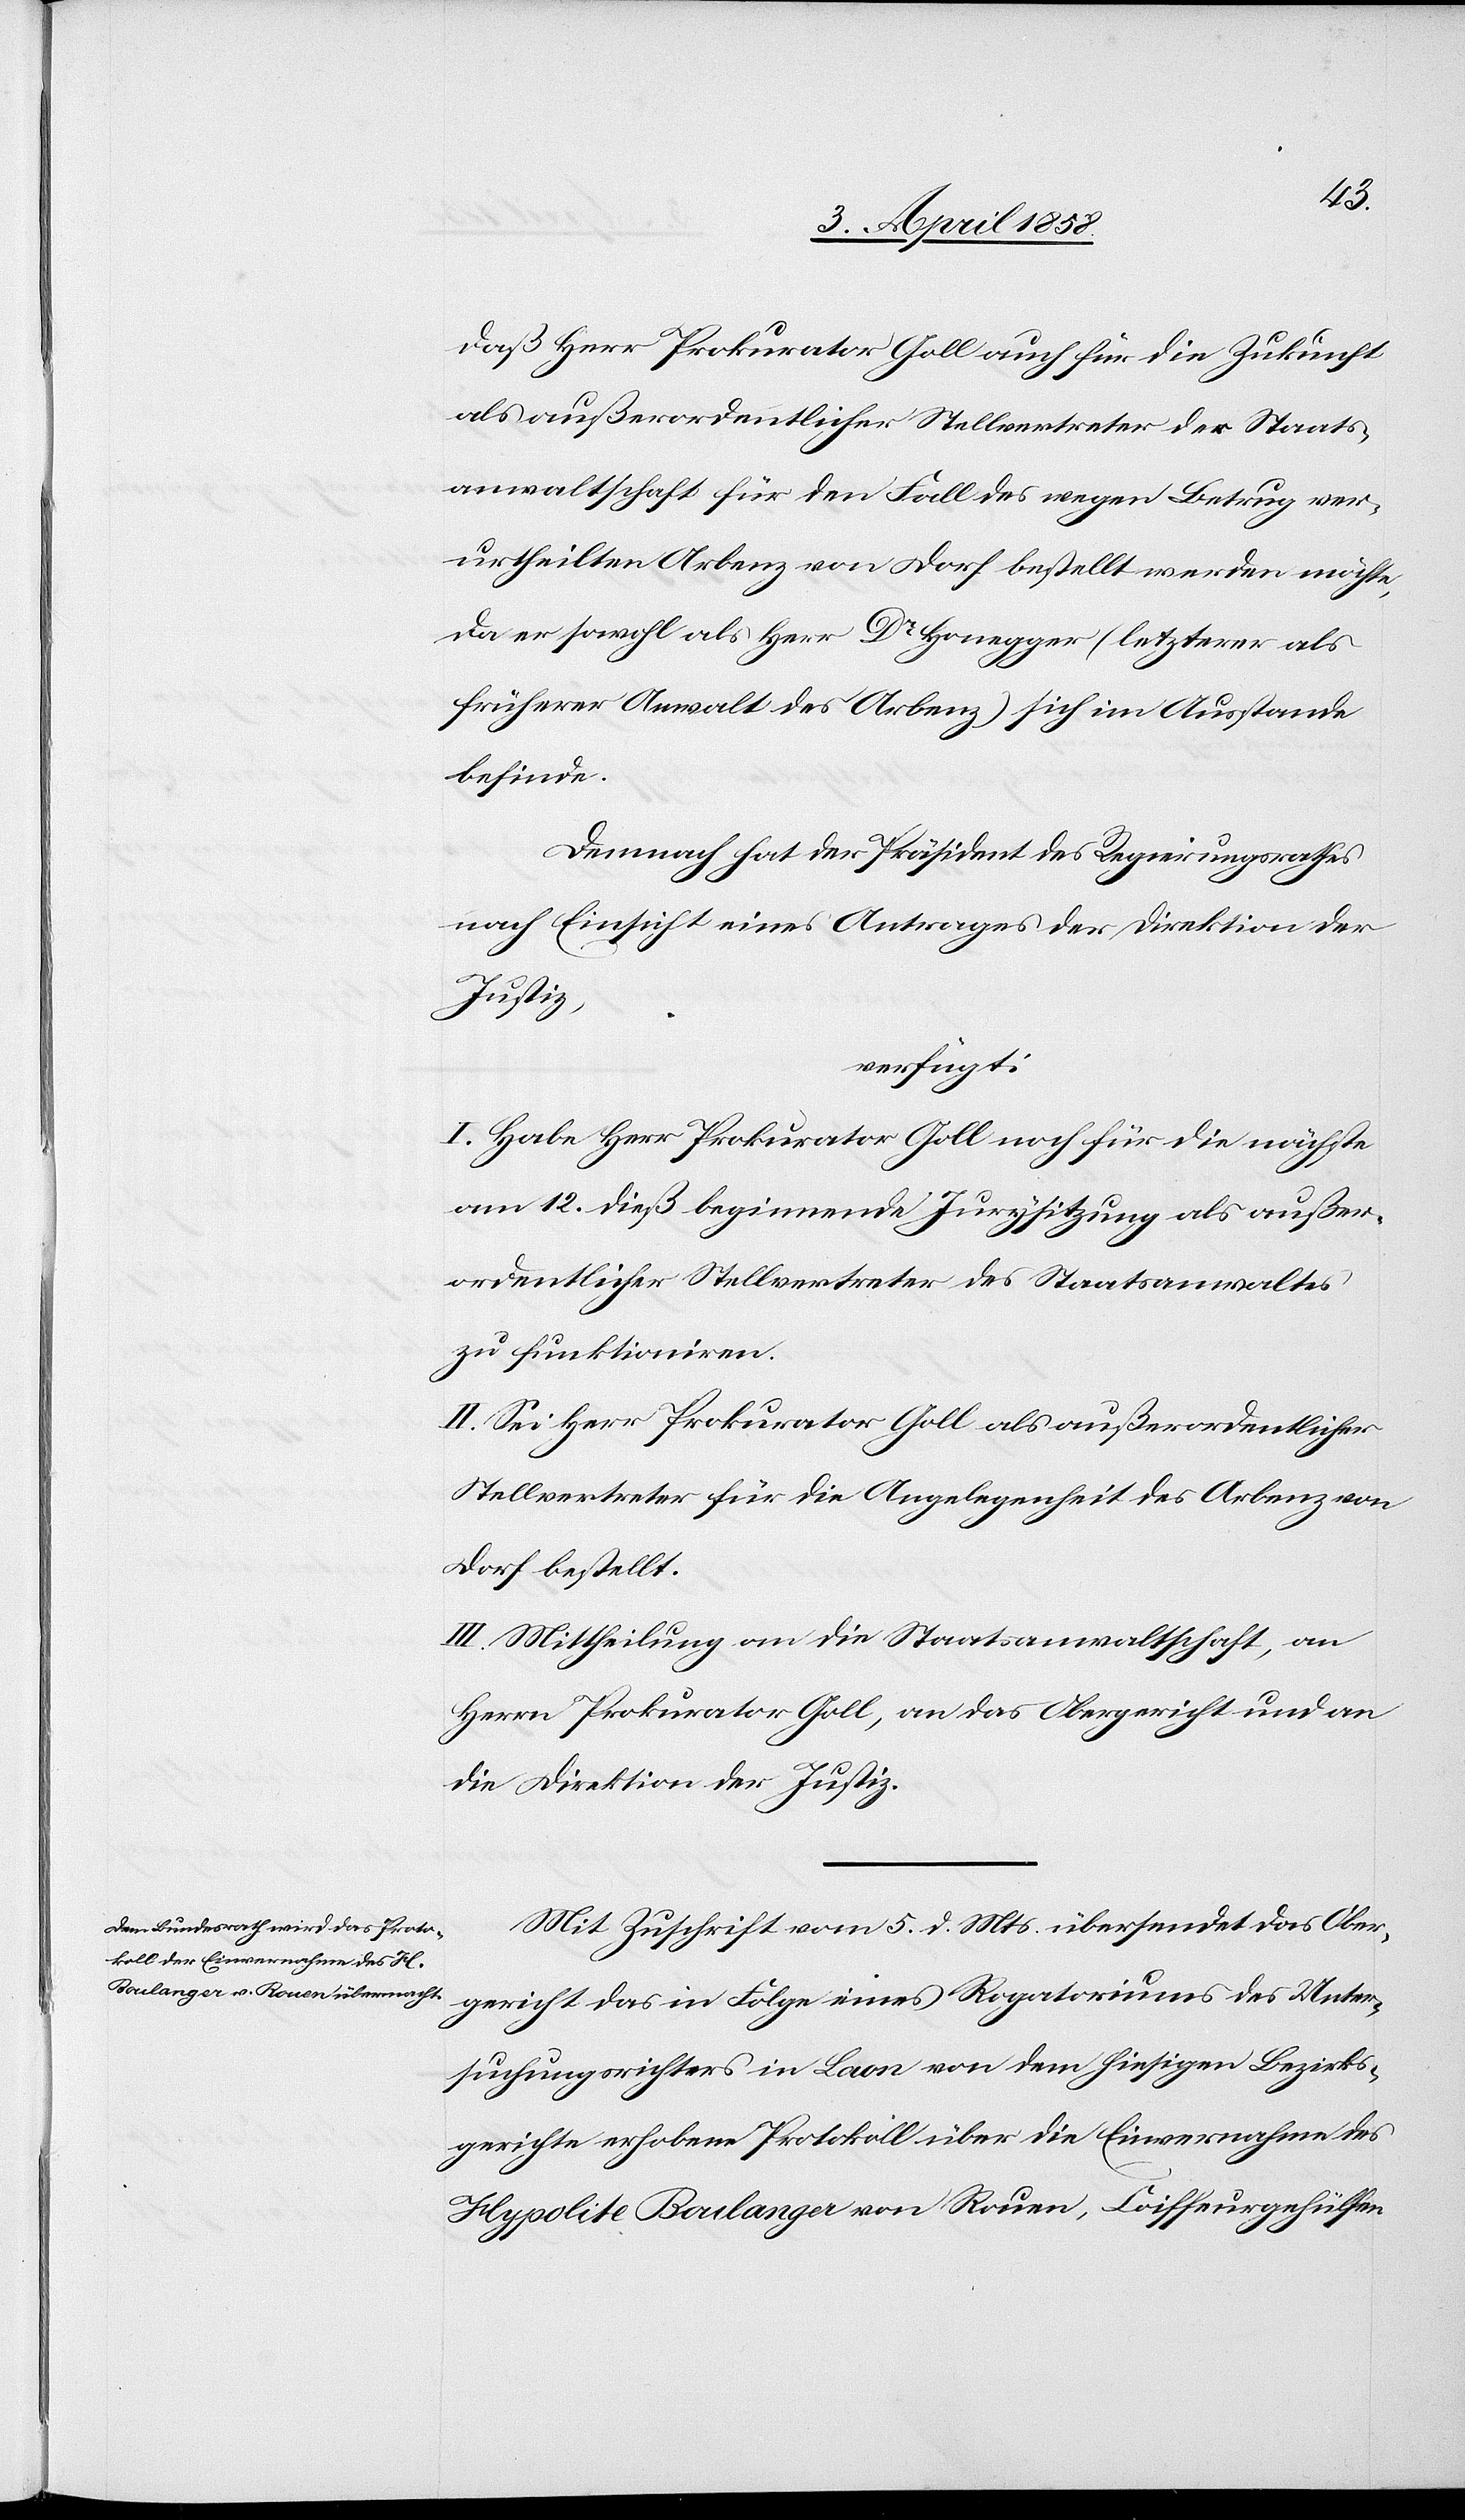
7. April 1858.]
daß Herr Prokurator Goll auch für die Zukunft
als außerordentlicher Stellvertreter der Staats¬
anwaltschaft für den Fall des wegen Betrug ver¬
urtheilten Arbenz von Dorf bestellt werden möchte,
da er sowohl als Herr Dr Honegger (letzterer als
früherer Anwalt des Arbenz) sich im Ausstande
befinde.
Demnach hat der Präsident des Regierungsrathes
nach Einsicht eines Antrages der Direktion der
Justiz,
verfügt:
I. Habe Herr Prokurator Goll noch für die nächste
am 12. dieß beginnende Jurysitzung als außer¬
ordentlicher Stellvertreter des Staatsanwaltes
zu funktioniren.
II. Sei Herr Prokurator Goll als außerordentlicher
Stellvertreter für die Angelegenheit des Arbenz von
Dorf bestellt.
III. Mittheilung an die Staatsanwaltschaft, an
Herrn Prokurator Goll, an das Obergericht und an
die Direktion der Justiz.
Mit Zuschrift vom 5. d. Mts. übersendet das Ober¬
gericht das in Folge eines Rogatoriums des Unter¬
suchungsrichters in Laon von dem hiesigen Bezirks¬
gerichte erhobene Protokoll über die Einvernahme des
Hypolite Boulanger von Rouen, Coiffeurgehülfen